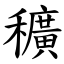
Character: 穬